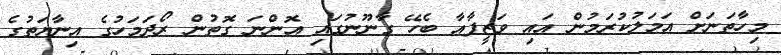
މިހާތަނަށް އަމަލުކުރަމުން އައި ވަޒީފާއާ ބެހޭ ގާނޫނުގައި އޮންނަ ގޮތުން ރޯދަމަހުގެ އިނާޔަތުގެ